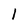
Character: 1